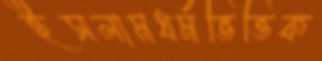
ইসলামধর্মভিত্তিক